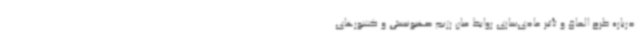
درباره طرح الحاق و تأثیر عادی‌سازی روابط میان رژیم صهیونیستی و کشورهای